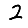
Digit: 2